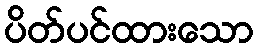
ပိတ်ပင်ထားသော